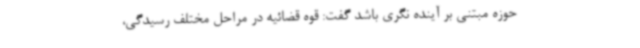
حوزه مبتنی بر آینده نگری باشد گفت: قوه قضائیه در مراحل مختلف رسیدگی،